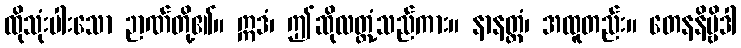
ထိုသုံးပါးသော ဉာဏ်တို့၏။ ဣဒံ၊ ဤဆိုလတ္တံ့သည်ကား။ နာနတ္တံ၊ အထူတည်း။ တေနနိဗ္ဗိဒါ